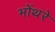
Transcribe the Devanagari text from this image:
भोंथरे